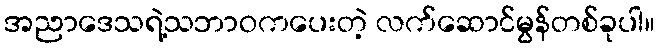
အညာဒေသရဲ့သဘာဝကပေးတဲ့ လက်ဆောင်မွန်တစ်ခုပါ။